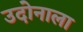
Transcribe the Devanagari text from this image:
उदोनाला